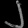
Digit: ၂